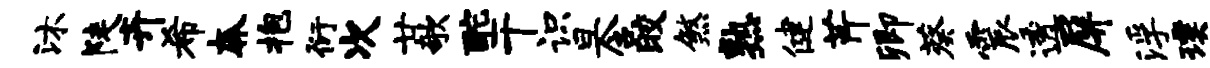
沐陡卉希奔抱衍次廿欹酡干识旦含皎煞熟健芹卿葵震透屏浮璞